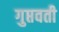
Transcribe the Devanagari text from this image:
गुप्तवती